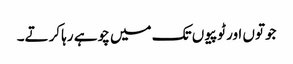
جوتوں اور ٹوپیوں تک میں چوہے رہا کرتے۔